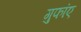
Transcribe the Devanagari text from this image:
गुफांए